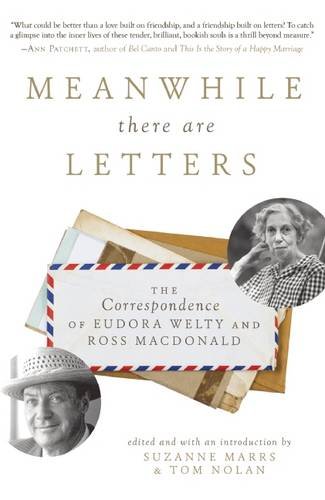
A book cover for Meanwhile There Are Letters: The Correspondence of Eudora Welty and Ross Macdonald; Literature & Fiction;